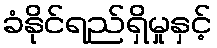
ခံနိုင်ရည်ရှိမှုနှင့်